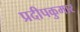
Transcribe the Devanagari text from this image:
प्रदीपकुमार